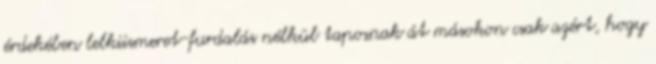
érdekében lelkiismeret-furdalás nélkül taposnak át másokon csak azért, hogy